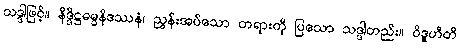
သဒ္ဒါဖြင့်။ နိဒ္ဒိဋ္ဌဓမ္မနိဒဿနံ၊ ညွှန်းအပ်သော တရားကို ပြသော သဒ္ဒါတည်း။ ဝိဒူဟီတိ